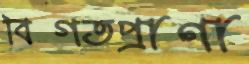
বিগতপ্রাণা